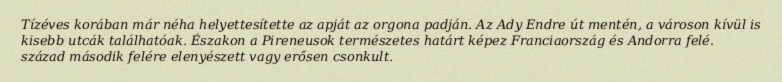
Tízéves korában már néha helyettesítette az apját az orgona padján. Az Ady Endre út mentén, a városon kívül is kisebb utcák találhatóak. Északon a Pireneusok természetes határt képez Franciaország és Andorra felé. század második felére elenyészett vagy erősen csonkult.